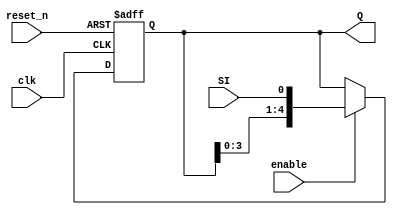
`timescale 1ns / 1ps

module shift_register
    #(parameter N = 5)(
        input clk, reset_n, SI, enable,
        output [N - 1:0] Q
    );
    
    reg [N - 1: 0] Q_reg, Q_next;
    
    always @(posedge clk, negedge reset_n)
    begin
        if (~reset_n)
            Q_reg <= 'b0;
        else if(enable)
            Q_reg <= Q_next;
        else
            Q_reg <= Q_reg;
    end
    
    //Next state logic
    always@(SI, Q_reg)
    begin
        //Left Shift
        Q_next = {Q_reg[N - 2: 0], SI};
    end
    
    assign Q = Q_reg;
endmodule